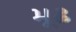
મૂઢ